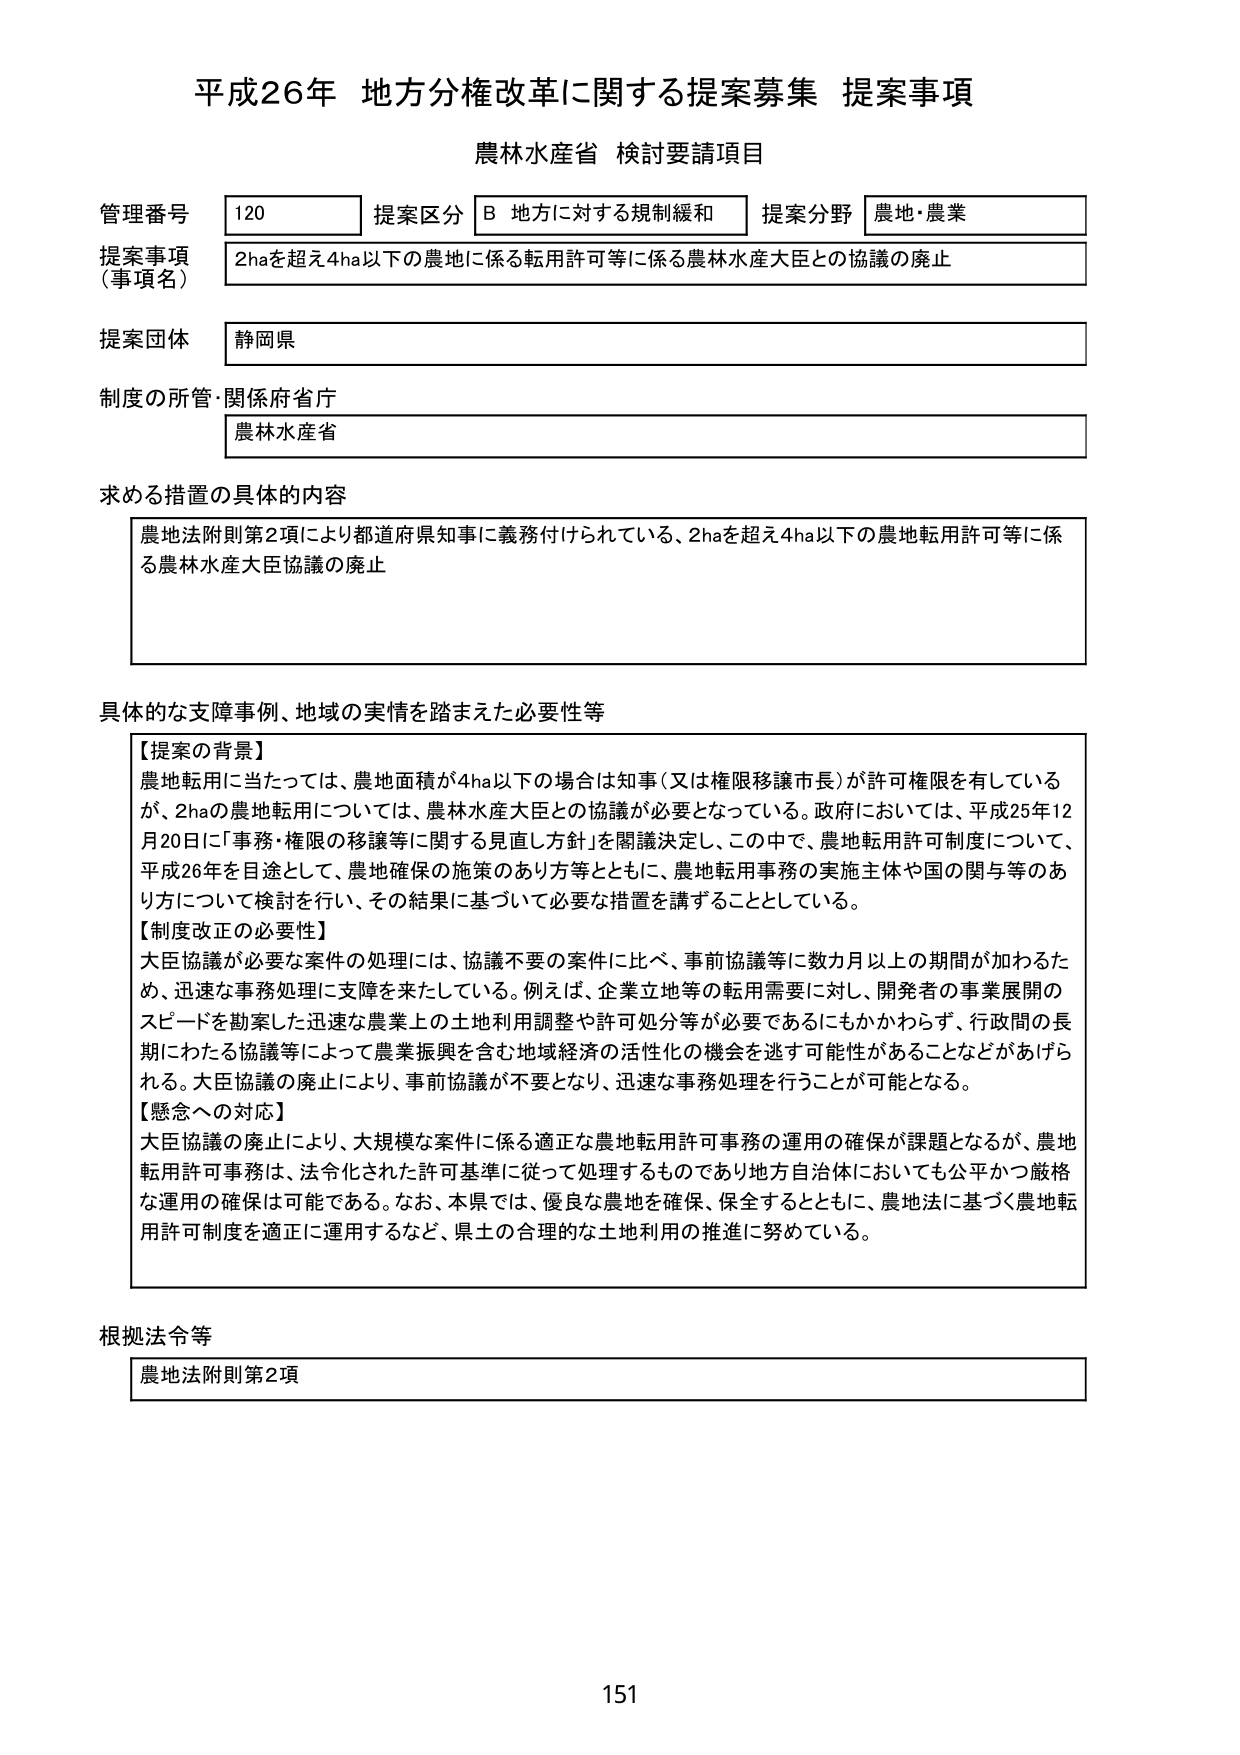
平成26年 地方分権改革に関する提案募集 提案事項
農林水産省 検討要請項目

管理番号 120 提案区分 B 地方に対する規制緩和 提案分野 農地・農業
提案事項（事項名） 2haを超え4ha以下の農地に係る転用許可等に係る農林水産大臣との協議の廃止
提案団体 静岡県
制度の所管・関係府省庁 農林水産省

求める措置の具体的内容
農地法附則第2項により都道府県知事に義務付けられている、2haを超え4ha以下の農地転用許可等に係る農林水産大臣協議の廃止

具体的な支障事例、地域の実情を踏まえた必要性等
【提案の背景】
農地転用に当たっては、農地面積が4ha以下の場合は知事（又は権限移譲市長）が許可権限を有しているが、2haの農地転用については、農林水産大臣との協議が必要となっている。政府においては、平成25年12月20日に「事務・権限の移譲等に関する見直し方針」を閣議決定し、この中で、農地転用許可制度について、平成26年を目途として、農地確保の施策のあり方等とともに、農地転用事務の実施主体や国の関与等のあり方について検討をし、その結果に基づいて必要な措置を講ずることとしている。
【制度改正の必要性】
大臣協議が必要な案件の処理には、協議不要の案件に比べ、事前協議等に数カ月以上の期間が加わるため、迅速な事務処理に支障を来たしている。例えば、企業立地等の転用需要に対し、開発者の事業展開のスピードを勘案した迅速な農業上の土地利用調整や許可処分等が必要であるにもかかわらず、行政間の長期にわたる協議等によって農業振興を含む地域経済の活性化の機会を逃す可能性があることなどがあげられる。大臣協議の廃止により、事前協議が不要となり、迅速な事務処理を行うことが可能となる。
【懸念への対応】
大臣協議の廃止により、大規模な案件に係る適正な農地転用許可事務の運用の確保が課題となるが、農地転用許可事務は、法令化された許可基準に従って処理するものであり地方自治体においても公平かつ厳格な運用の確保は可能である。なお、本県では、優良な農地を確保、保全するとともに、農地法に基づく農地転用許可制度を適正に運用するなど、県土の合理的な土地利用の推進に努めている。

根拠法令等
農地法附則第2項

151